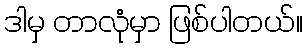
ဒါမှ တာလုံမှာ ဖြစ်ပါတယ်။